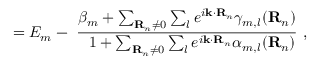
= E _ { m } - \ { \frac { \beta _ { m } + \sum _ { \mathbf { R } _ { n } \neq 0 } \sum _ { l } e ^ { i \mathbf { k } \cdot \mathbf { R } _ { n } } \gamma _ { m , l } ( \mathbf { R } _ { n } ) } { \ \ 1 + \sum _ { \mathbf { R } _ { n } \neq 0 } \sum _ { l } e ^ { i \mathbf { k } \cdot \mathbf { R } _ { n } } \alpha _ { m , l } ( \mathbf { R } _ { n } ) } } \ ,